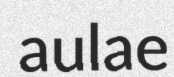
aulae